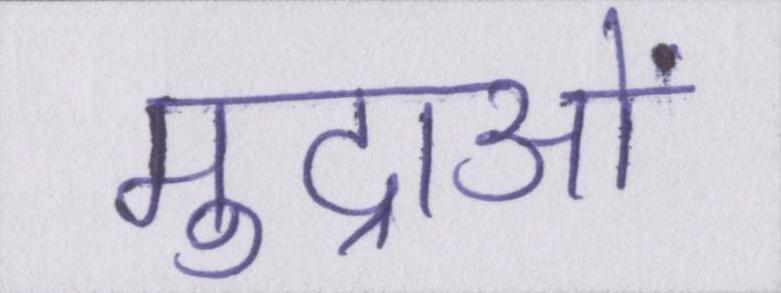
मुद्राओं